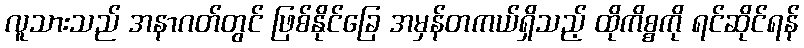
လူသားသည် အနာဂတ်တွင် ဖြစ်နိုင်ခြေ အမှန်တကယ်ရှိသည့် ထိုကိစ္စကို ရင်ဆိုင်ရန်